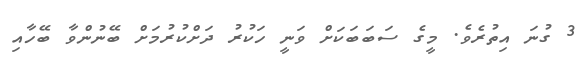
3 ގުނަ އިތުރެވެ. މީގެ ސަބަބަކަށް ވަނީ ހަކުރު ދަށްކުރުމަށް ބޭނުންވާ ބޭހާއި